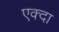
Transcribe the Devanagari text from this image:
एक्दा